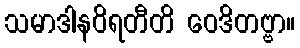
သမာဒါနဝိရတီတိ ဝေဒိတဗ္ဗာ။